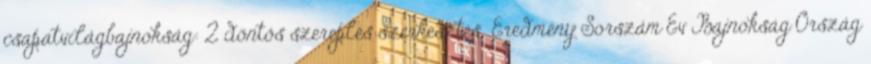
csapatvilágbajnokság: 2 döntős szereplés szerkesztés Eredmény Sorszám Év Bajnokság Ország